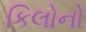
કિલોનો